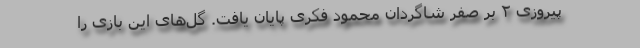
پیروزی ۲ بر صفر شاگردان محمود فکری پایان یافت. گل‌های این بازی را